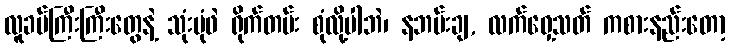
လူခပ်ကြီးကြီးတွေနဲ့ သုံးပုံဖဲ ရိုက်တမ်း စုံလို့ပါဘဲ၊ နဘမ်းချ, လက်ဝှေ့သတ် ကစားနည်းတော့